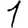
Digit: 1